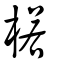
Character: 楉